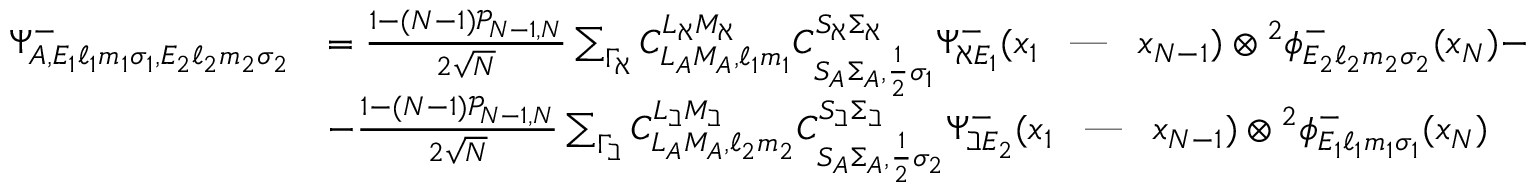
\begin{array} { r l } { \Psi _ { A , E _ { 1 } \ell _ { 1 } m _ { 1 } \sigma _ { 1 } , E _ { 2 } \ell _ { 2 } m _ { 2 } \sigma _ { 2 } } ^ { - } } & { = \frac { 1 - ( N - 1 ) \mathcal { P } _ { N - 1 , N } } { 2 \sqrt { N } } \sum _ { \Gamma _ { \aleph } } C _ { L _ { A } M _ { A } , \ell _ { 1 } m _ { 1 } } ^ { L _ { \aleph } M _ { \aleph } } C _ { S _ { A } \Sigma _ { A } , \frac { 1 } { 2 } \sigma _ { 1 } } ^ { S _ { \aleph } \Sigma _ { \aleph } } \Psi _ { \aleph E _ { 1 } } ^ { - } ( x _ { 1 } \textrm { \, --- \, } x _ { N - 1 } ) \otimes { ^ { 2 } \phi _ { E _ { 2 } \ell _ { 2 } m _ { 2 } \sigma _ { 2 } } ^ { - } } ( x _ { N } ) - } \\ & { - \frac { 1 - ( N - 1 ) \mathcal { P } _ { N - 1 , N } } { 2 \sqrt { N } } \sum _ { \Gamma _ { \beth } } C _ { L _ { A } M _ { A } , \ell _ { 2 } m _ { 2 } } ^ { L _ { \beth } M _ { \beth } } C _ { S _ { A } \Sigma _ { A } , \frac { 1 } { 2 } \sigma _ { 2 } } ^ { S _ { \beth } \Sigma _ { \beth } } \Psi _ { \beth E _ { 2 } } ^ { - } ( x _ { 1 } \textrm { \, --- \, } x _ { N - 1 } ) \otimes { ^ { 2 } \phi _ { E _ { 1 } \ell _ { 1 } m _ { 1 } \sigma _ { 1 } } ^ { - } } ( x _ { N } ) } \end{array}